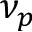
\nu _ { p }